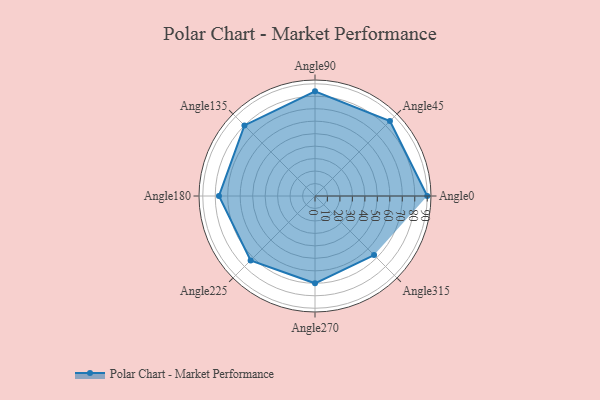
{"axis": {"x": "Angle", "y": "Radius"}, "legend": [""], "data": [{"x": "Angle0", "y": 90.0, "type": ""}, {"x": "Angle45", "y": 85.0, "type": ""}, {"x": "Angle90", "y": 84.0, "type": ""}, {"x": "Angle135", "y": 80.0, "type": ""}, {"x": "Angle180", "y": 77.0, "type": ""}, {"x": "Angle225", "y": 73.0, "type": ""}, {"x": "Angle270", "y": 70.0, "type": ""}, {"x": "Angle315", "y": 67.0, "type": ""}]}